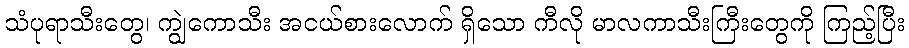
သံပုရာသီးတွေ၊ ကျွဲကောသီး အငယ်စားလောက် ရှိသော ကီလို မာလကာသီးကြီးတွေကို ကြည့်ပြီး